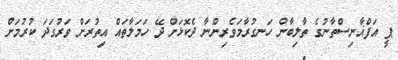
ޕީ އަފްޣާނިސްތާނުގެ ތާލިބާން ހަނގުރާމަވެރިންނާ ދެކޮޅަށް ދޭ ހަމަލާތައް އިތުރަށް ވަރުގަދަ ކުރުމަށް